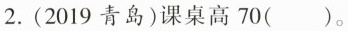
2.(2019青岛)课桌高70( )。